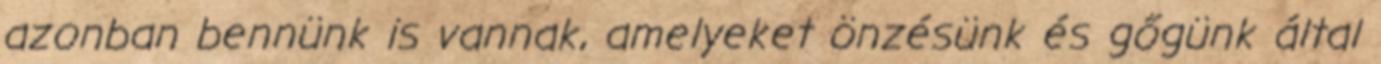
azonban bennünk is vannak, amelyeket önzésünk és gőgünk által